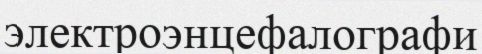
электроэнцефалографи